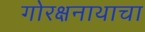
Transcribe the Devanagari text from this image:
गोरक्षनाथाचा